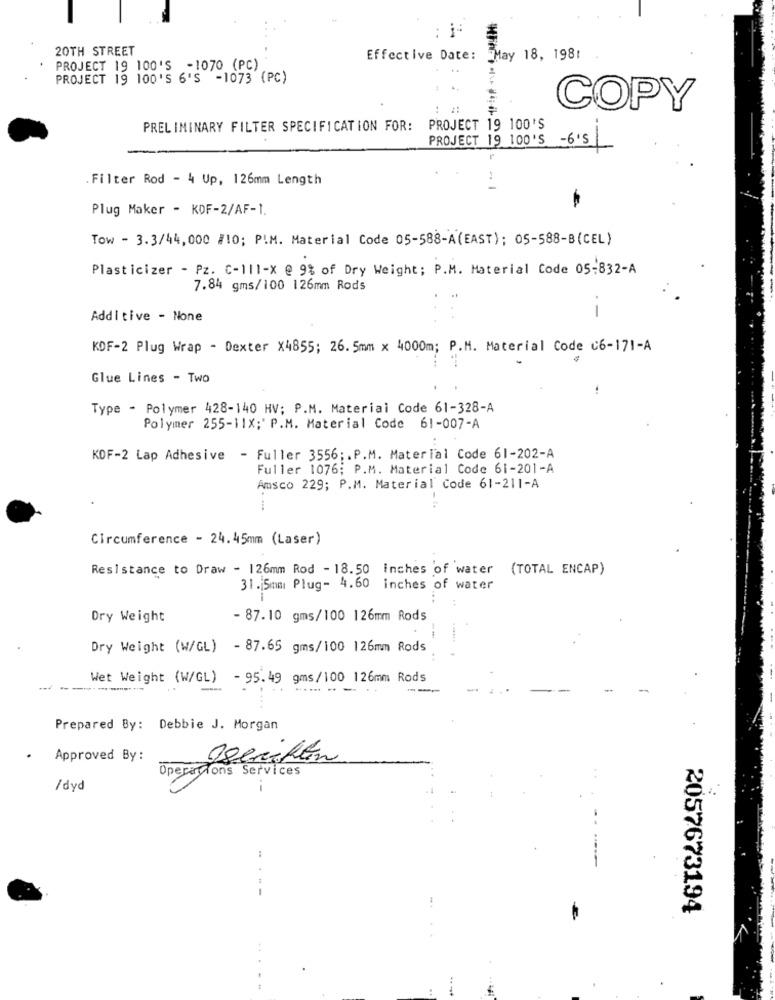
20TH STREET
Effective Date: May 18, 198:
PROJECT 19 100'S -1070 (PC)
PROJECT 19 100'S 6'S -1073 (PC)
: #
COPY
PRELIMINARY FILTER SPECIFICATION FOR: PROJECT 19 100'S
PROJECT 19 100'S -6's
.Filter Rod - 4 Up, 126mm Length
..
Plug Maker - KDF-2/AF-1.
Tow - 3.3/44,000 /10; P.M. Material Code 05-588-A(EAST); 05-588-B(CEL)
Plasticizer - Pz. C-111-X @ 9% of Dry Weight; P.M. Material Code 05-832-A
7.84 gms/100 126mm Rods
Additive - None
KDF-2 Plug Wrap - Dexter X4855; 26. 5mm × 4000m; P.M. Material Code C6-171-A
Glue Lines - Two
Type - Polymer 428-140 HV; P.M. Material Code 61-328-A
Polymer 255-11X;' P.M. Material Code 61-007-A
KDF-2 Lap Adhesive - Fuller 3556 ;. P.M. Material Code 61-202-A
Fuller 1076; P.M. Material Code 61-201-A
Amsco 229; P.M. Material Code 61-211-A
Circumference - 24.45mm (Laser)
Resistance to Draw - 126mm Rod - 18.50 inches of water
(TOTAL ENCAP)
31. 5mm Plug- 4.60 inches of water
Dry Weight
- 87.10 gms/100 126mm Rods
Dry Weight (W/GL) - 87.65 gms/100 126mm Rods
Wet Weight (W/GL) - 95.49 gms/100 126mm Rods
---- ..
----
Prepared By: Debbie J. Morgan
Approved By:
gseiken
operations Services
/dyd
i
2057673194